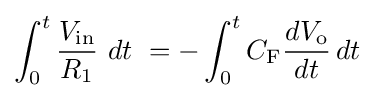
\int _{0}^{t}{\frac {V_{\text{in}}}{R_{\text{1}}}}\ dt\ =-\int _{0}^{t}C_{\text{F}}{\frac {dV_{\text{o}}}{dt}}\,dt